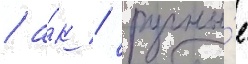
/ а́к / ручны́е